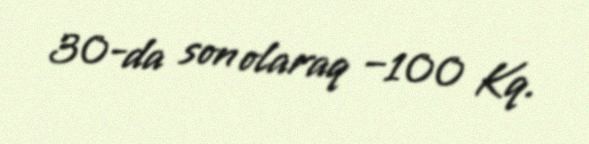
30-da son olaraq −100 Kq.